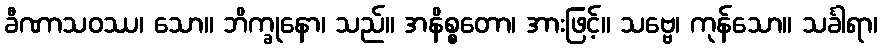
ခီဏာသဝဿ၊ သော။ ဘိက္ခုနော၊ သည်။ အနိစ္စတော၊ အားဖြင့်။ သဗ္ဗေ၊ ကုန်သော။ သင်္ခါရာ၊